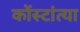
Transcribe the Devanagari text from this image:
कोंस्टांत्या